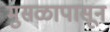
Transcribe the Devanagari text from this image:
मुसळापासून